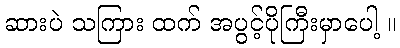
ဆားပဲ သကြား ထက် အပွင့်ပိုကြီးမှာပေါ့ ။